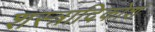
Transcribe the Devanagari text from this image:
शस्त्रादिकोशं